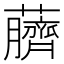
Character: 𫊖